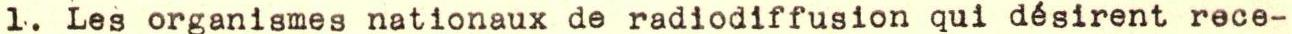
1. Les organismes nationaux de radiodiffusion qui désirent rece-